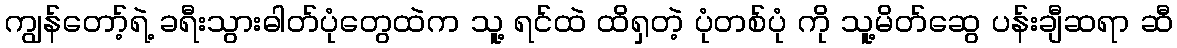
ကျွန်တော့်ရဲ့ ခရီးသွားဓါတ်ပုံတွေထဲက သူ့ ရင်ထဲ ထိရှတဲ့ ပုံတစ်ပုံ ကို သူ့မိတ်ဆွေ ပန်းချီဆရာ ဆီ